Indian journal of veterinary science and animal husbandry - Volume 3,
Year: 1933
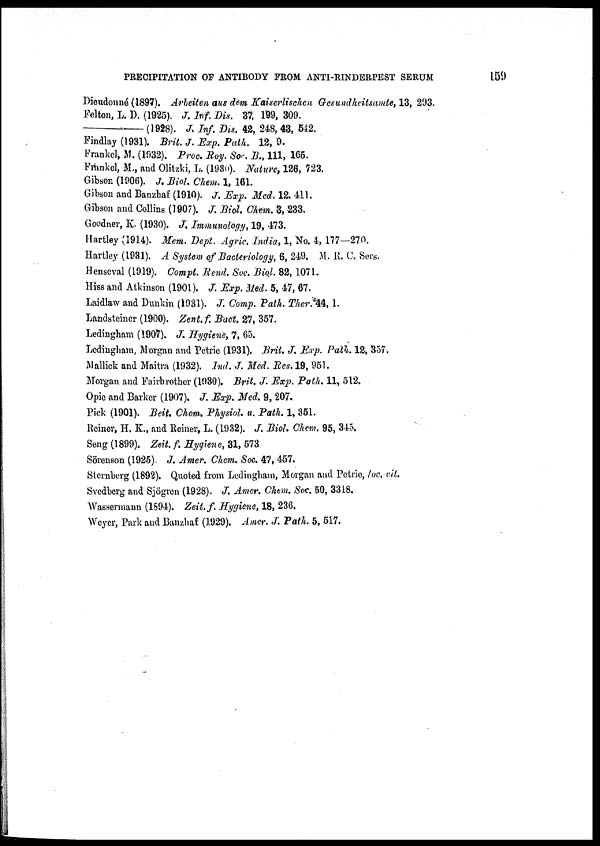
PRECIPITATION OF ANTIBODY FROM ANTI-RINDERPEST SERUM
159
Dieudonné (1897). Arbeiten aus dem Kaiserlischen Gesundheitsamte, 13, 293.
Felton, L. D. (1925). J. Inf. Dis. 37, 199, 309.
—
(1928). J, Inf. Dis. 42, 248, 43, 542.
Findlay (1931). Brit. J. Exp. Path. 12, 9.
Frankel, M. (1932). Proc. Roy. Soc. B., 111, 165.
Frankel, M., and Olitzki, L. (1930). Nature, 126, 723.
Gibson (1906). J. Biol. Chem. 1, 161.
Gibson and Banzhaf (1910). J. Exp. Med. 12. 411.
Gibson and Collins (1907). J. Biol. Chem. 3, 233.
Goodner, K. (1930). J. Immunology, 19, 473.
Hartley (1914). Mem. Dept. Agric. India, 1, No. 4, 177—270.
Hartley (1931). A System of Bacteriology, 6, 249. M. R. C. Sers.
Henseval (1919). Compt. Rend. Soc. Biol. 82, 1071.
Hiss and Atkinson (1901). J. Exp. Med. 5, 47, 67.
Laidlaw and Dunkin (1931). J. Comp. Path. Ther. 44, 1.
Landsteiner (1900). Zent. f. Bact. 27, 357.
Ledingham (1907). J. Hygiene, 7, 65.
Ledingham, Morgan and Petrie (1931). Brit. J. Exp. Path. 12, 357.
Mallick and Maitra (1932). Ind. J. Med. Res. 19, 951.
Morgan and Fairbrother (1930). Brit. J.. Exp. Path. 11, 512.
Opic and Barker (1907). J. Exp. Med. 9, 207.
Pick (1901). Beit. Chem. Physiol. u. Path. 1, 351.
Reiner, H. K., and Reiner, L. (1932). J. Biol. Chem. 95, 345.
Seng (1899). Zeit. f. Hygiene, 31, 573
Sörenson (1925). J. Amer. Chem. Soc. 47, 457.
Sternberg (1892). Quoted from Ledingham, Morgan and Petrie, loc. cit.
Svedberg and Sjögren (1928). J. Amer. Chem. Soc. 50, 3318.
Wassermann (1894). Zeit.f. Hygiene, 18, 236.
Weyer, Park and Banzhaf (1929). Amer. J. Path. 5, 517.